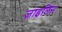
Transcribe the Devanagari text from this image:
ज़ाइलिन